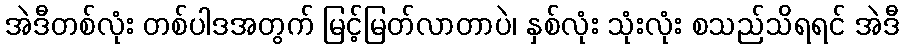
အဲဒီတစ်လုံး တစ်ပါဒအတွက် မြင့်မြတ်လာတာပဲ၊ နှစ်လုံး သုံးလုံး စသည်သိရရင် အဲဒီ